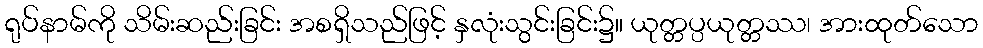
ရုပ်နာမ်ကို သိမ်းဆည်းခြင်း အစရှိသည်ဖြင့် နှလုံးသွင်းခြင်း၌။ ယုတ္တပ္ပယုတ္တဿ၊ အားထုတ်သော